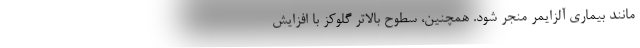
مانند بیماری آلزایمر منجر شود. همچنین، سطوح بالاتر گلوکز با افزایش